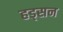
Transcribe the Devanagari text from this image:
हड्सन